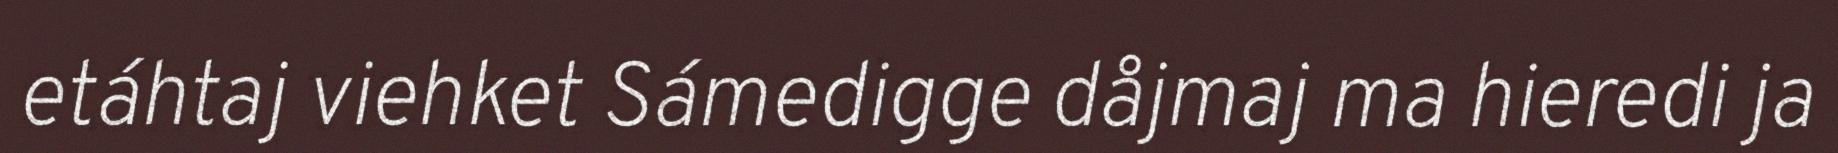
etáhtaj viehket Sámedigge dåjmaj ma hieredi ja